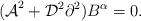
LaTeX: \begin{align*}{(\cal A}^2+{\cal D}^2\partial^2)B^\alpha =0.\end{align*}